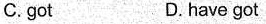
C. got D. have got